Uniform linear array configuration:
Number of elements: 12
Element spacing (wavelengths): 0.75
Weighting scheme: blackman
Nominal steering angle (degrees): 30
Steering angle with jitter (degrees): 31.539
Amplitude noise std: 0.05
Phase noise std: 0.05

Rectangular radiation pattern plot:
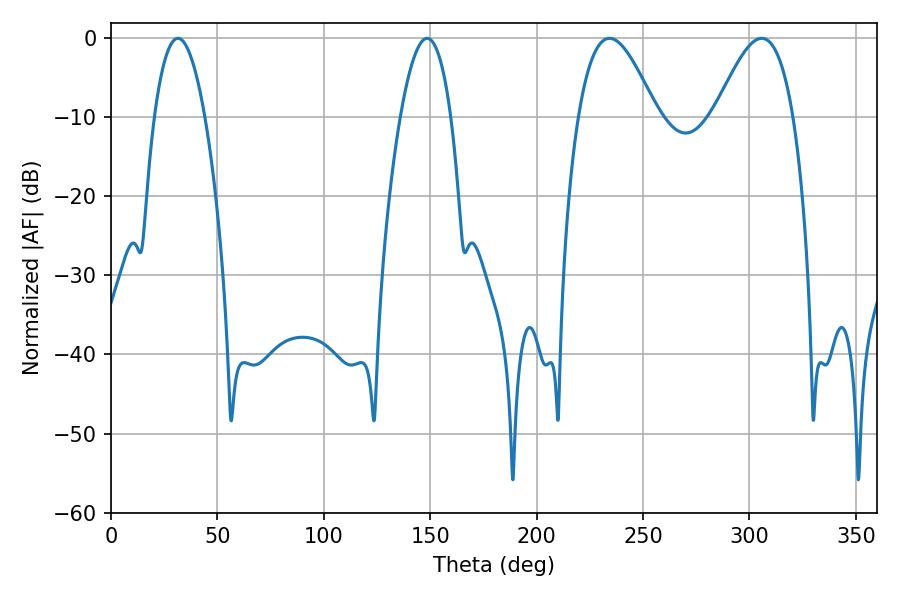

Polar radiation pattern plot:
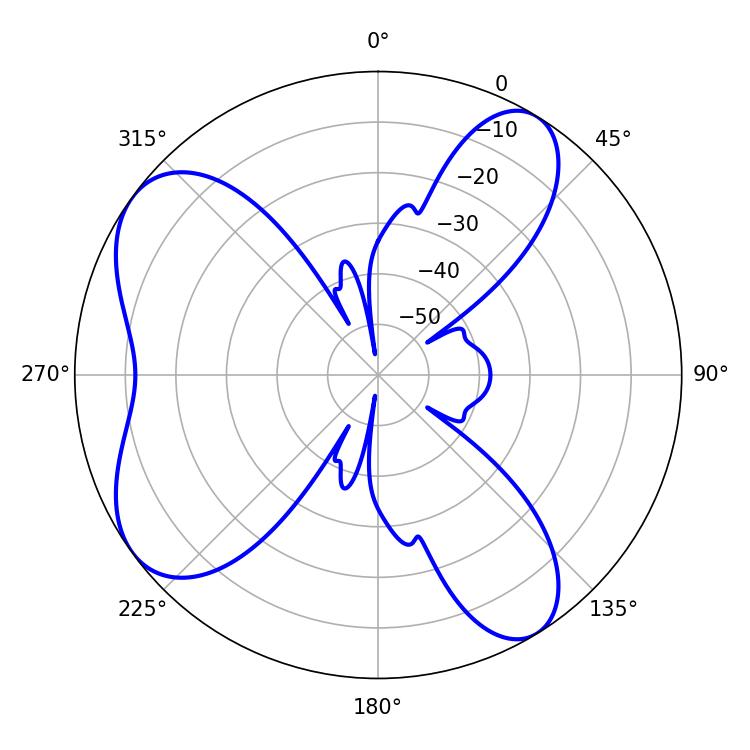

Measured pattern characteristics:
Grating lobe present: TRUE
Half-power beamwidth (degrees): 19.8
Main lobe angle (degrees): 234.18